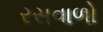
રસવાળો